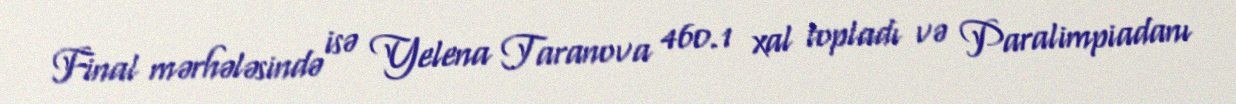
Final mərhələsində isə Yelena Taranova 460.1 xal topladı və Paralimpiadanı